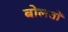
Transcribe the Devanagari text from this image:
बोलतों